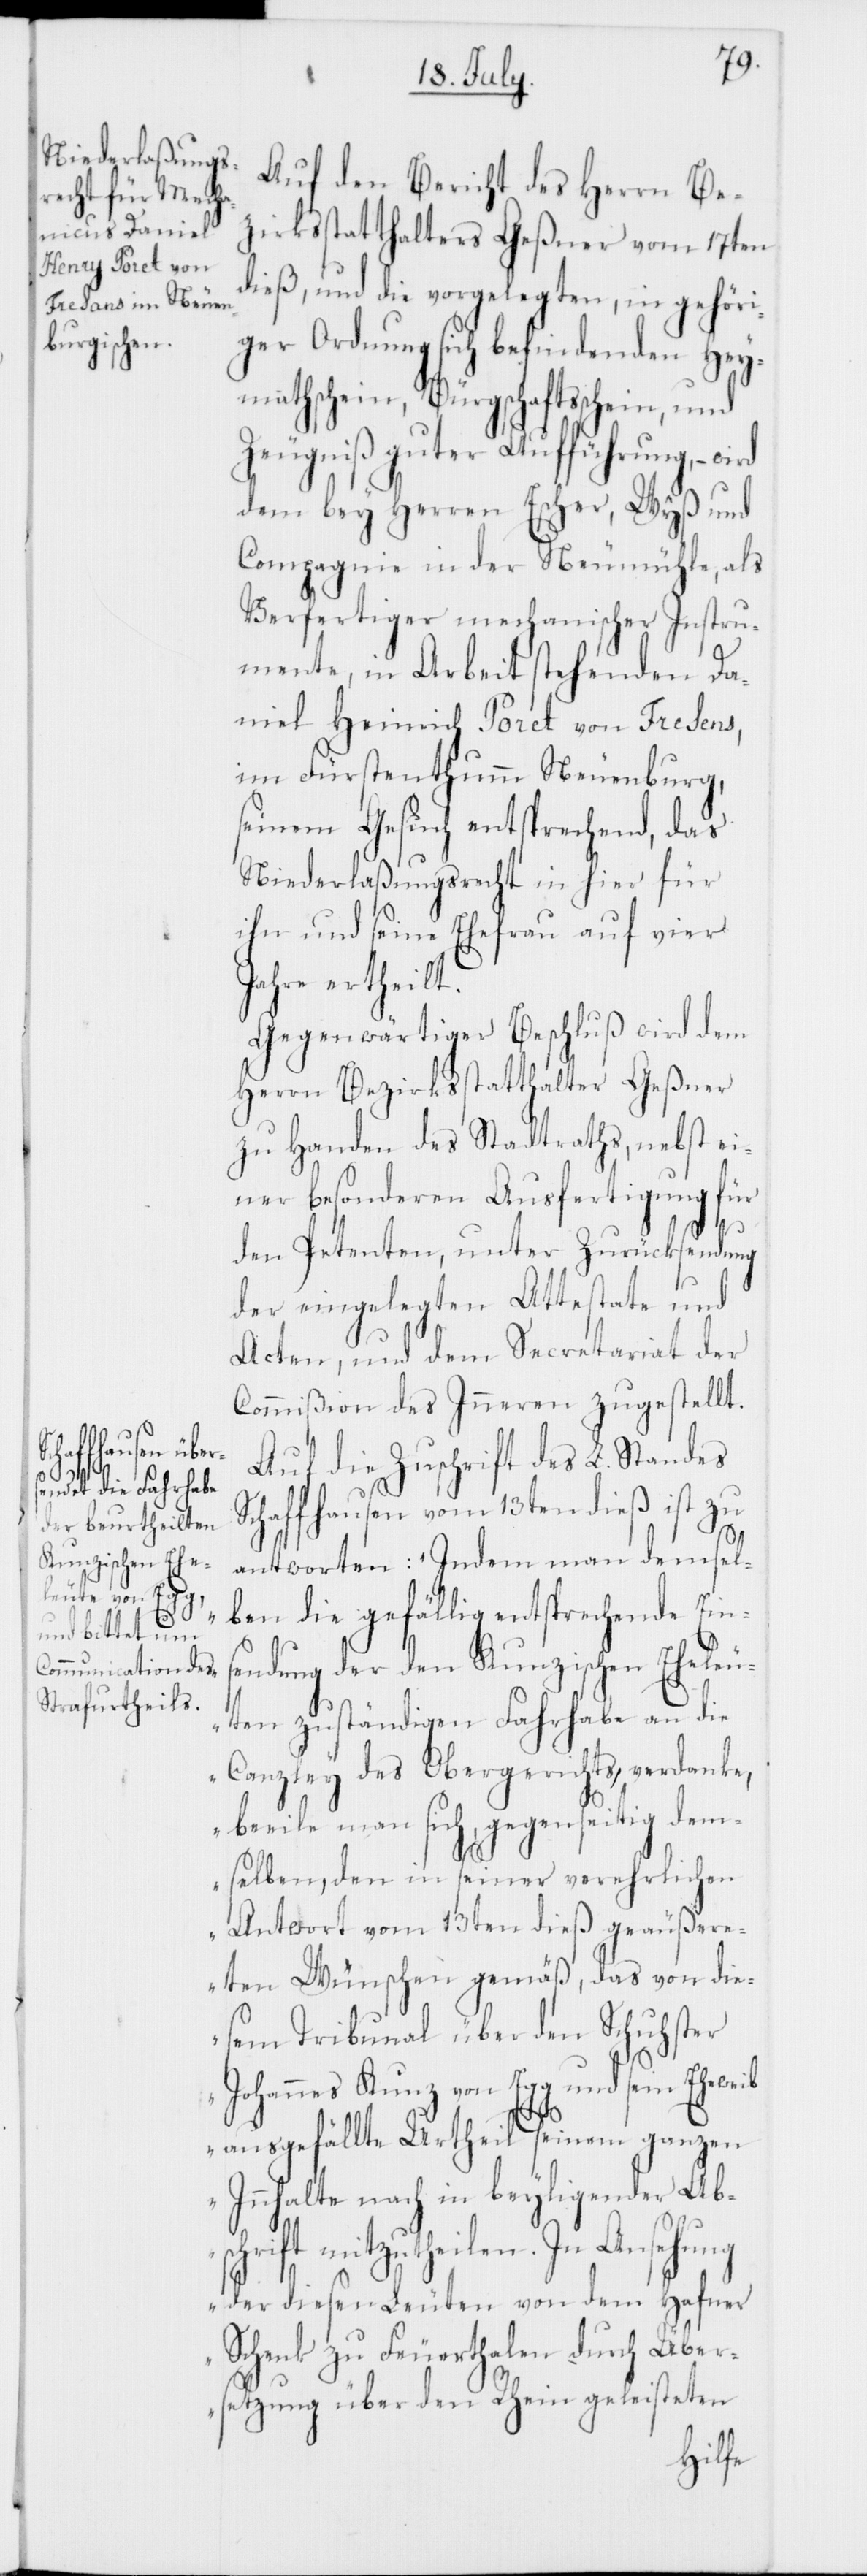
Auf den Bericht des Herrn Be¬
zirksstatthalters Geßner vom 17ten
dieß, und die vorgelegten, in gehöri¬
ger Ordnung sich befindenden Hey¬
mathschein, Bürgschaftßchein und
Zeugniß guter Aufführung, –
dem bey Herren Escher Wyß und
Compagnie in der Neumühle, als
Verfertiger mechanischer Instru¬
mente, in Arbeit stehenden Da¬
niel Heinrich Poret von Fresens,
im Fürstenthumm Neuenburg,
seinem Gesuch entsprechend, das
Niederlaßungsrecht in hier für
ihn und seine Ehefrau auf vier
Jahre ertheilt.
Gegenwärtiger Beschluß wird dem
Herrn Bezirksstatthalter Geßner
zu Handen des Stadtraths, nebst ei¬
ner besonderen Ausfertigung für
den Petenten, unter Zurücksendung
der eingelegten Attestate und
Acten, und dem Secretariat der
Commißion des Inneren zugestellt.
Auf die Zuschrift des L. Standes
Schaffhausen vom 13ten dieß ist zu
antworten: „Indem man demsel¬
ben die gefällig entsprechende Eins¬
endung der den Kunzischen Eheleu¬
ten zuständigen Fahrhabe an die
Canzley des Obergerichts, verdanke,
beeile man sich, gegenseitig dem¬
selben, den in seiner verehrlichen
Antwort vom 13ten dieß geäußere¬
ten Wünschen gemäß, das von die¬
sem Tribunal über den Schuhster
Johannes Kunz von Egg und sein Eheweib
sc¬
ausgefällte Urtheil seinem ganzen
Innhalte nach in beyligender Ab¬
hrift mitzutheilen. In Ansehung
der diesen Leuten von dem Hafner
Schenk zu Feuerthalen durch Über¬
setzung über den Rhein geleisteten